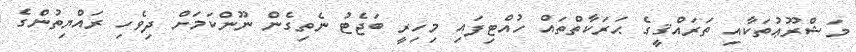
މަޝްރޫޢުތަކާއި ތަރައްޤީގެ ޙަރަކާތްތައް ހުއްޓިފައި މިހިރީ ބަޖެޓު ނެތިގެން ނޫންކަމަށް ދިވެހި ރައްޔިތުންގެ